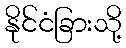
နိုင်ငံခြားသို့